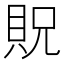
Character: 貺